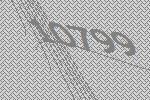
10799